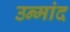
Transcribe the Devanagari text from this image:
उन्मांद